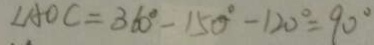
\angle A O C = 3 6 0 ^ { \circ } - 1 5 0 ^ { \circ } - 1 2 0 ^ { \circ } = 9 0 ^ { \circ }